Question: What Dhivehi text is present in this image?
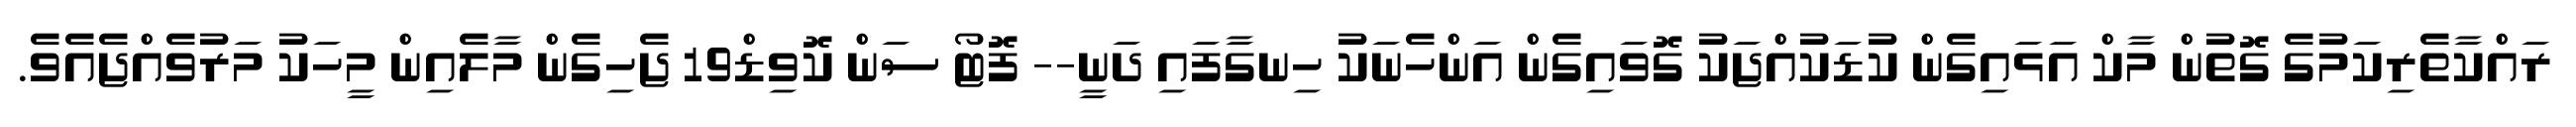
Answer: ރައްކާތެރިކަމުގެ ގޮތުން މާކް އަޅައިގެން ކުޑަކުއްޖަކު ގޮވައިގެން އަންހެނަކު ހިނގާފައި ދަނީ-- ފޮޓޯ ސަން ކޮވިޑް19 ޖެހިގެން މާލެއިން މީހަކު މަރުވެއްޖެއެވެ.